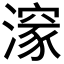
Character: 𭲩